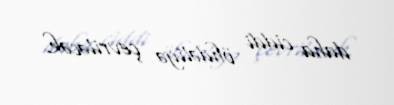
daha ciddi öhdəliyə çevriləcək.